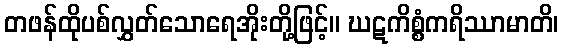
တဖန်ထိုပစ်လွှတ်သောရေအိုးတို့ဖြင့်။ ဃဋကိစ္စံကရိဿာမာတိ၊